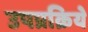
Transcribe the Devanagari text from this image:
उपप्रक्रिये